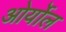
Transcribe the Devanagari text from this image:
ओर्योल